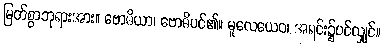
မြတ်စွာဘုရားအား။ ဗောဓိယာ၊ ဗောဓိပင်၏။ မူလေယေဝ၊ အရင်း၌ပင်လျှင်။